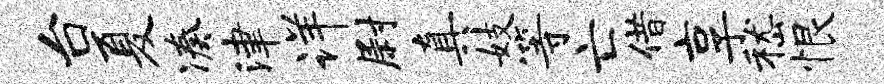
台夏凑津详尉真妓等亡借享嵇恨